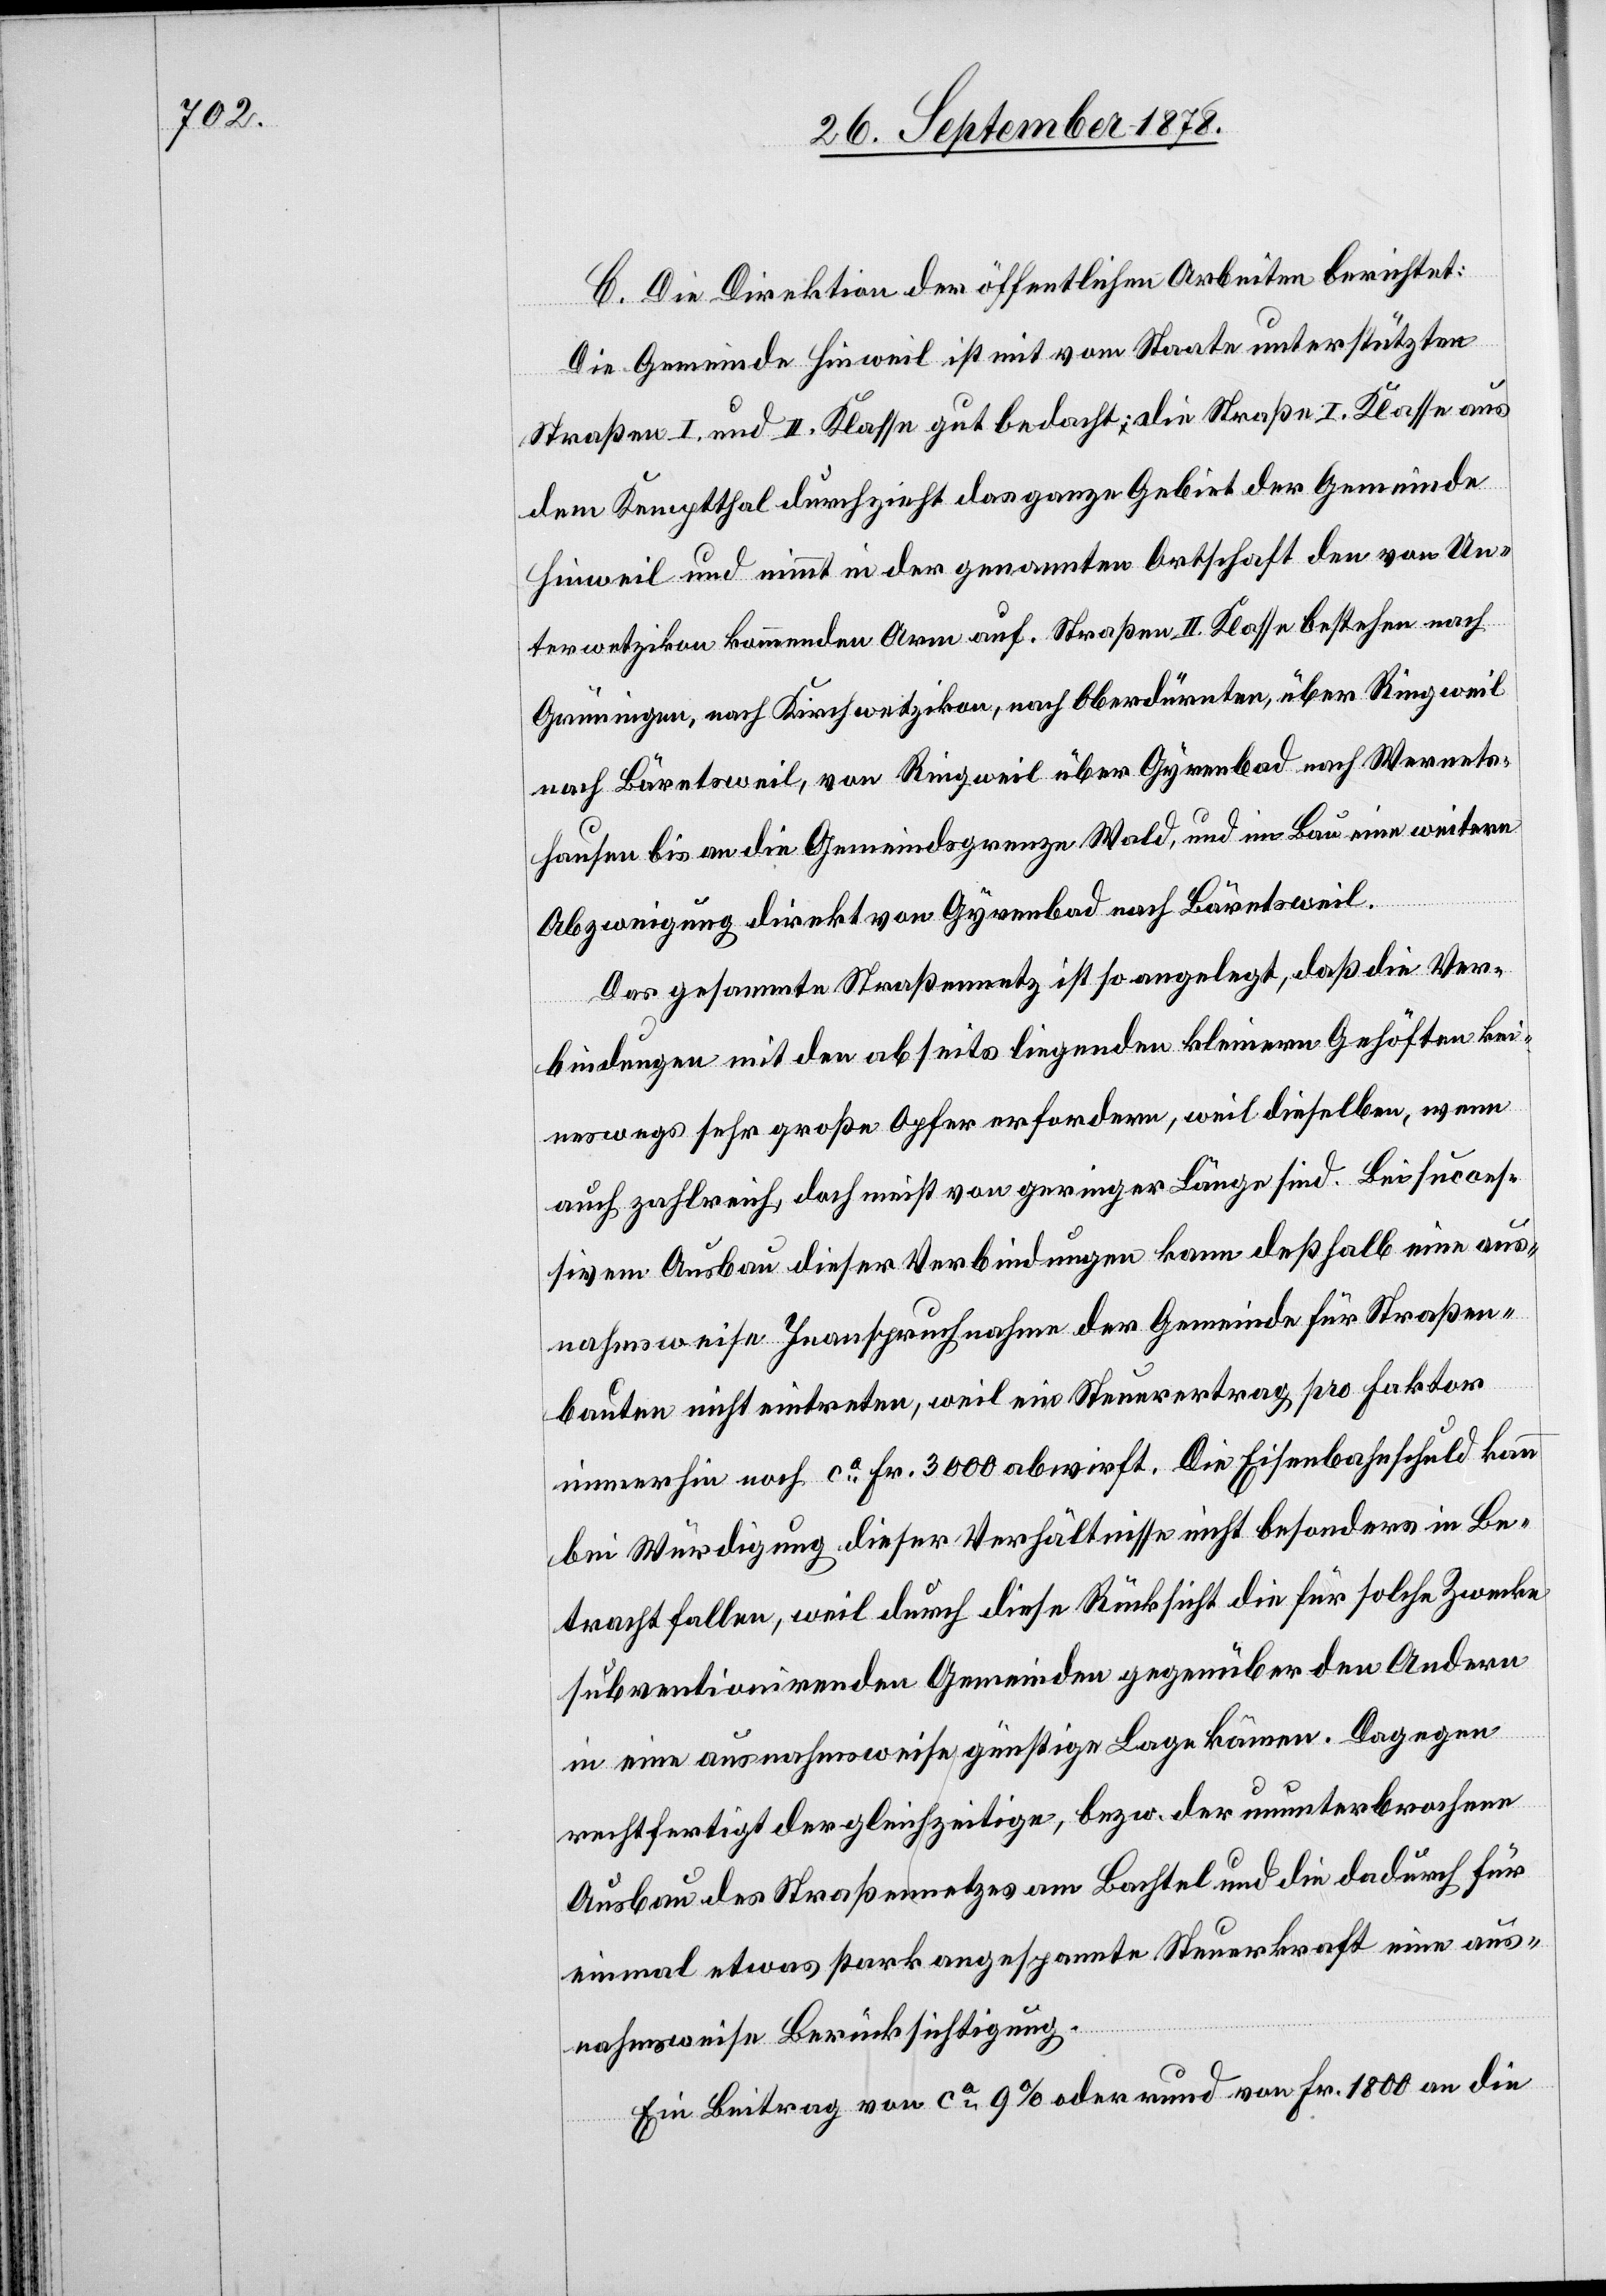
C. Die Direktion der öffentlichen Arbeiten berichtet:
Die Gemeinde Hinweil ist mit vom Staate unterstützten
Straßen I. und II. Klasse gut bedacht; die Straße I. Klasse aus
dem Kemptthal durchzieht das ganze Gebiet der Gemeinde
Hinweil und nimmt in der genannten Ortschaft den von Un¬
terwetzikon kommenden Arm auf. Straßen II. Klasse bestehen nach
Grüningen, nach Kirchwetzikon, nach Oberdürnten, über Ringweil
nach Bäretsweil, von Ringweil über Gyrenbad nach Wernets¬
hausen bis an die Gemeindsgrenze Wald, und im Bau eine weitere
Abzweigung direkt von Gyrenbad nach Bäretsweil.
Das gesammte Straßennetz ist so angelegt, daß die Ver¬
bindungen mit den abseits liegenden kleinern Gehöften kei¬
neswegs sehr große Opfer erfordern, weil dieselben, wenn
auch zahlreich, doch nicht von geringer Länge sind. Bei succes¬
sivem Ausbau dieser Verbindungen kann deßhalb eine aus¬
nahmsweise Inanspruchnahme der Gemeinde für Straßen¬
baute nicht eintreten, weil ein Steuervertrag pro Faktor
immerhin noch ca Fr. 3000 abwirft. Die Eisenbahnschuld kann
bei Würdigung dieser Verhältnisse nicht besonders in Be¬
tracht fallen, weil durch diese Rücksicht die für solche Zwecke
subventionirenden Gemeinden gegenüber den Andern
in eine ausnahmsweise günstige Lage kämen. Dagegen
rechtfertigt der gleichzeitige, bezw. der ununterbrochene
Ausbau des Straßennetzes am Bachsel und die dadurch für
einmal etwas stark angespannte Steuerkraft eine aus¬
nahmsweise Berücksichtigung.
Ein Beitrag von ca 9% oder rund von Fr. 1800 an die